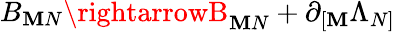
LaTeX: B_{\mathbf{M}N}\rightarrowB_{\mathbf{M}N}+\partial_{[\mathbf{M}}\Lambda_{N]}